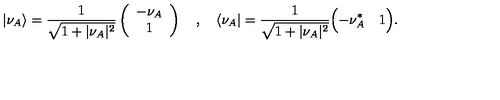
\vert \nu _ { A } \rangle = { \frac { 1 } { \sqrt { 1 + \vert \nu _ { A } \vert ^ { 2 } } } } \left( \begin{array} { c } { - \nu _ { A } } \\ { 1 } \\ \end{array} \right) \quad , \quad \langle \nu _ { A } \vert = { \frac { 1 } { \sqrt { 1 + \vert \nu _ { A } \vert ^ { 2 } } } } \Bigl ( - \nu _ { A } ^ { * } \quad 1 \Bigr ) .